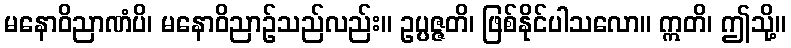
မနောဝိညာဏံပိ၊ မနောဝိညာဉ်သည်လည်း။ ဥပ္ပဇ္ဇတိ၊ ဖြစ်နိုင်ပါသလော။ ဣတိ၊ ဤသို့။